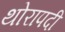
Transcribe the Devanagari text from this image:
थोरापदी